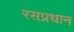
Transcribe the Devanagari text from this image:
रसप्रधान